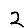
Digit: 2